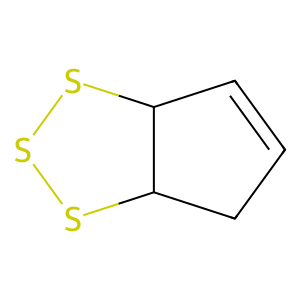
SMILES: C1=CC2SSSC2C1
Inhibits HIV replication: No